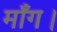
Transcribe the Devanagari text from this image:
माँग।